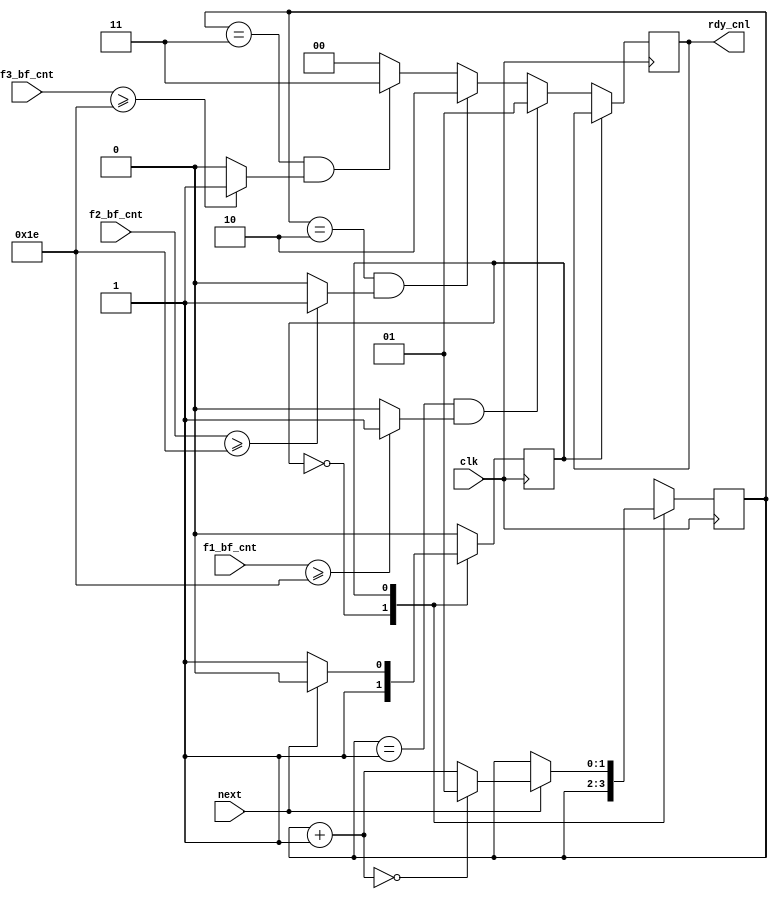
`timescale 1ns/1ps

//  .              ,      .
module block_control(
    input wire clk,

    input wire next,

    input wire [7:0] f1_bf_cnt,
    input wire [7:0] f2_bf_cnt,
    input wire [7:0] f3_bf_cnt,

    output wire [1:0] rdy_cnl
);

//    
    parameter st_arb = 1'b0, st_wt = 1'b1;
//  
    reg st = st_arb;

    reg [1:0] arb = 2'b01;
    reg [1:0] rdy_cnl_i = 2'b00;
    wire rdy_fifo_1;
    wire rdy_fifo_2;
    wire rdy_fifo_3;

    assign rdy_cnl = rdy_cnl_i;

//          (30)
    assign rdy_fifo_1 = (f1_bf_cnt >= 30) ? 1'b1:1'b0;
    assign rdy_fifo_2 = (f2_bf_cnt >= 30) ? 1'b1:1'b0;
    assign rdy_fifo_3 = (f3_bf_cnt >= 30) ? 1'b1:1'b0;

    always @(posedge clk)
        begin
            case (st)
                st_arb: //  .   
                    //           
                    if (arb == 2'b01 && rdy_fifo_1 == 1'b1)
                        begin
                            rdy_cnl_i <= 2'b01; //   1
                            st <= st_wt;
                        end
                        //          
                    else if (arb == 2'b10 && rdy_fifo_2 == 1'b1)
                        begin
                            rdy_cnl_i <= 2'b10; //   2
                            st <= st_wt;
                        end
                        //          
                    else if (arb == 2'b11 && rdy_fifo_3 == 1'b1)
                        begin
                            rdy_cnl_i <= 2'b11; //   3
                            st <= st_wt;
                        end
                        //     
                    else
                        begin
                            rdy_cnl_i <= 2'b00; //   0
                            st <= st_wt;
                        end

                st_wt: //  .     
                    if (next) begin
                        arb = arb+1'b1; //  
                        if (arb == 2'b00) arb = 2'b01;
                        st <= st_arb;
                    end
            endcase
        end

endmodule